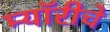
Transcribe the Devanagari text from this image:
म्यॉरीचे